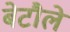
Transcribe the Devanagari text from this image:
बेटौले